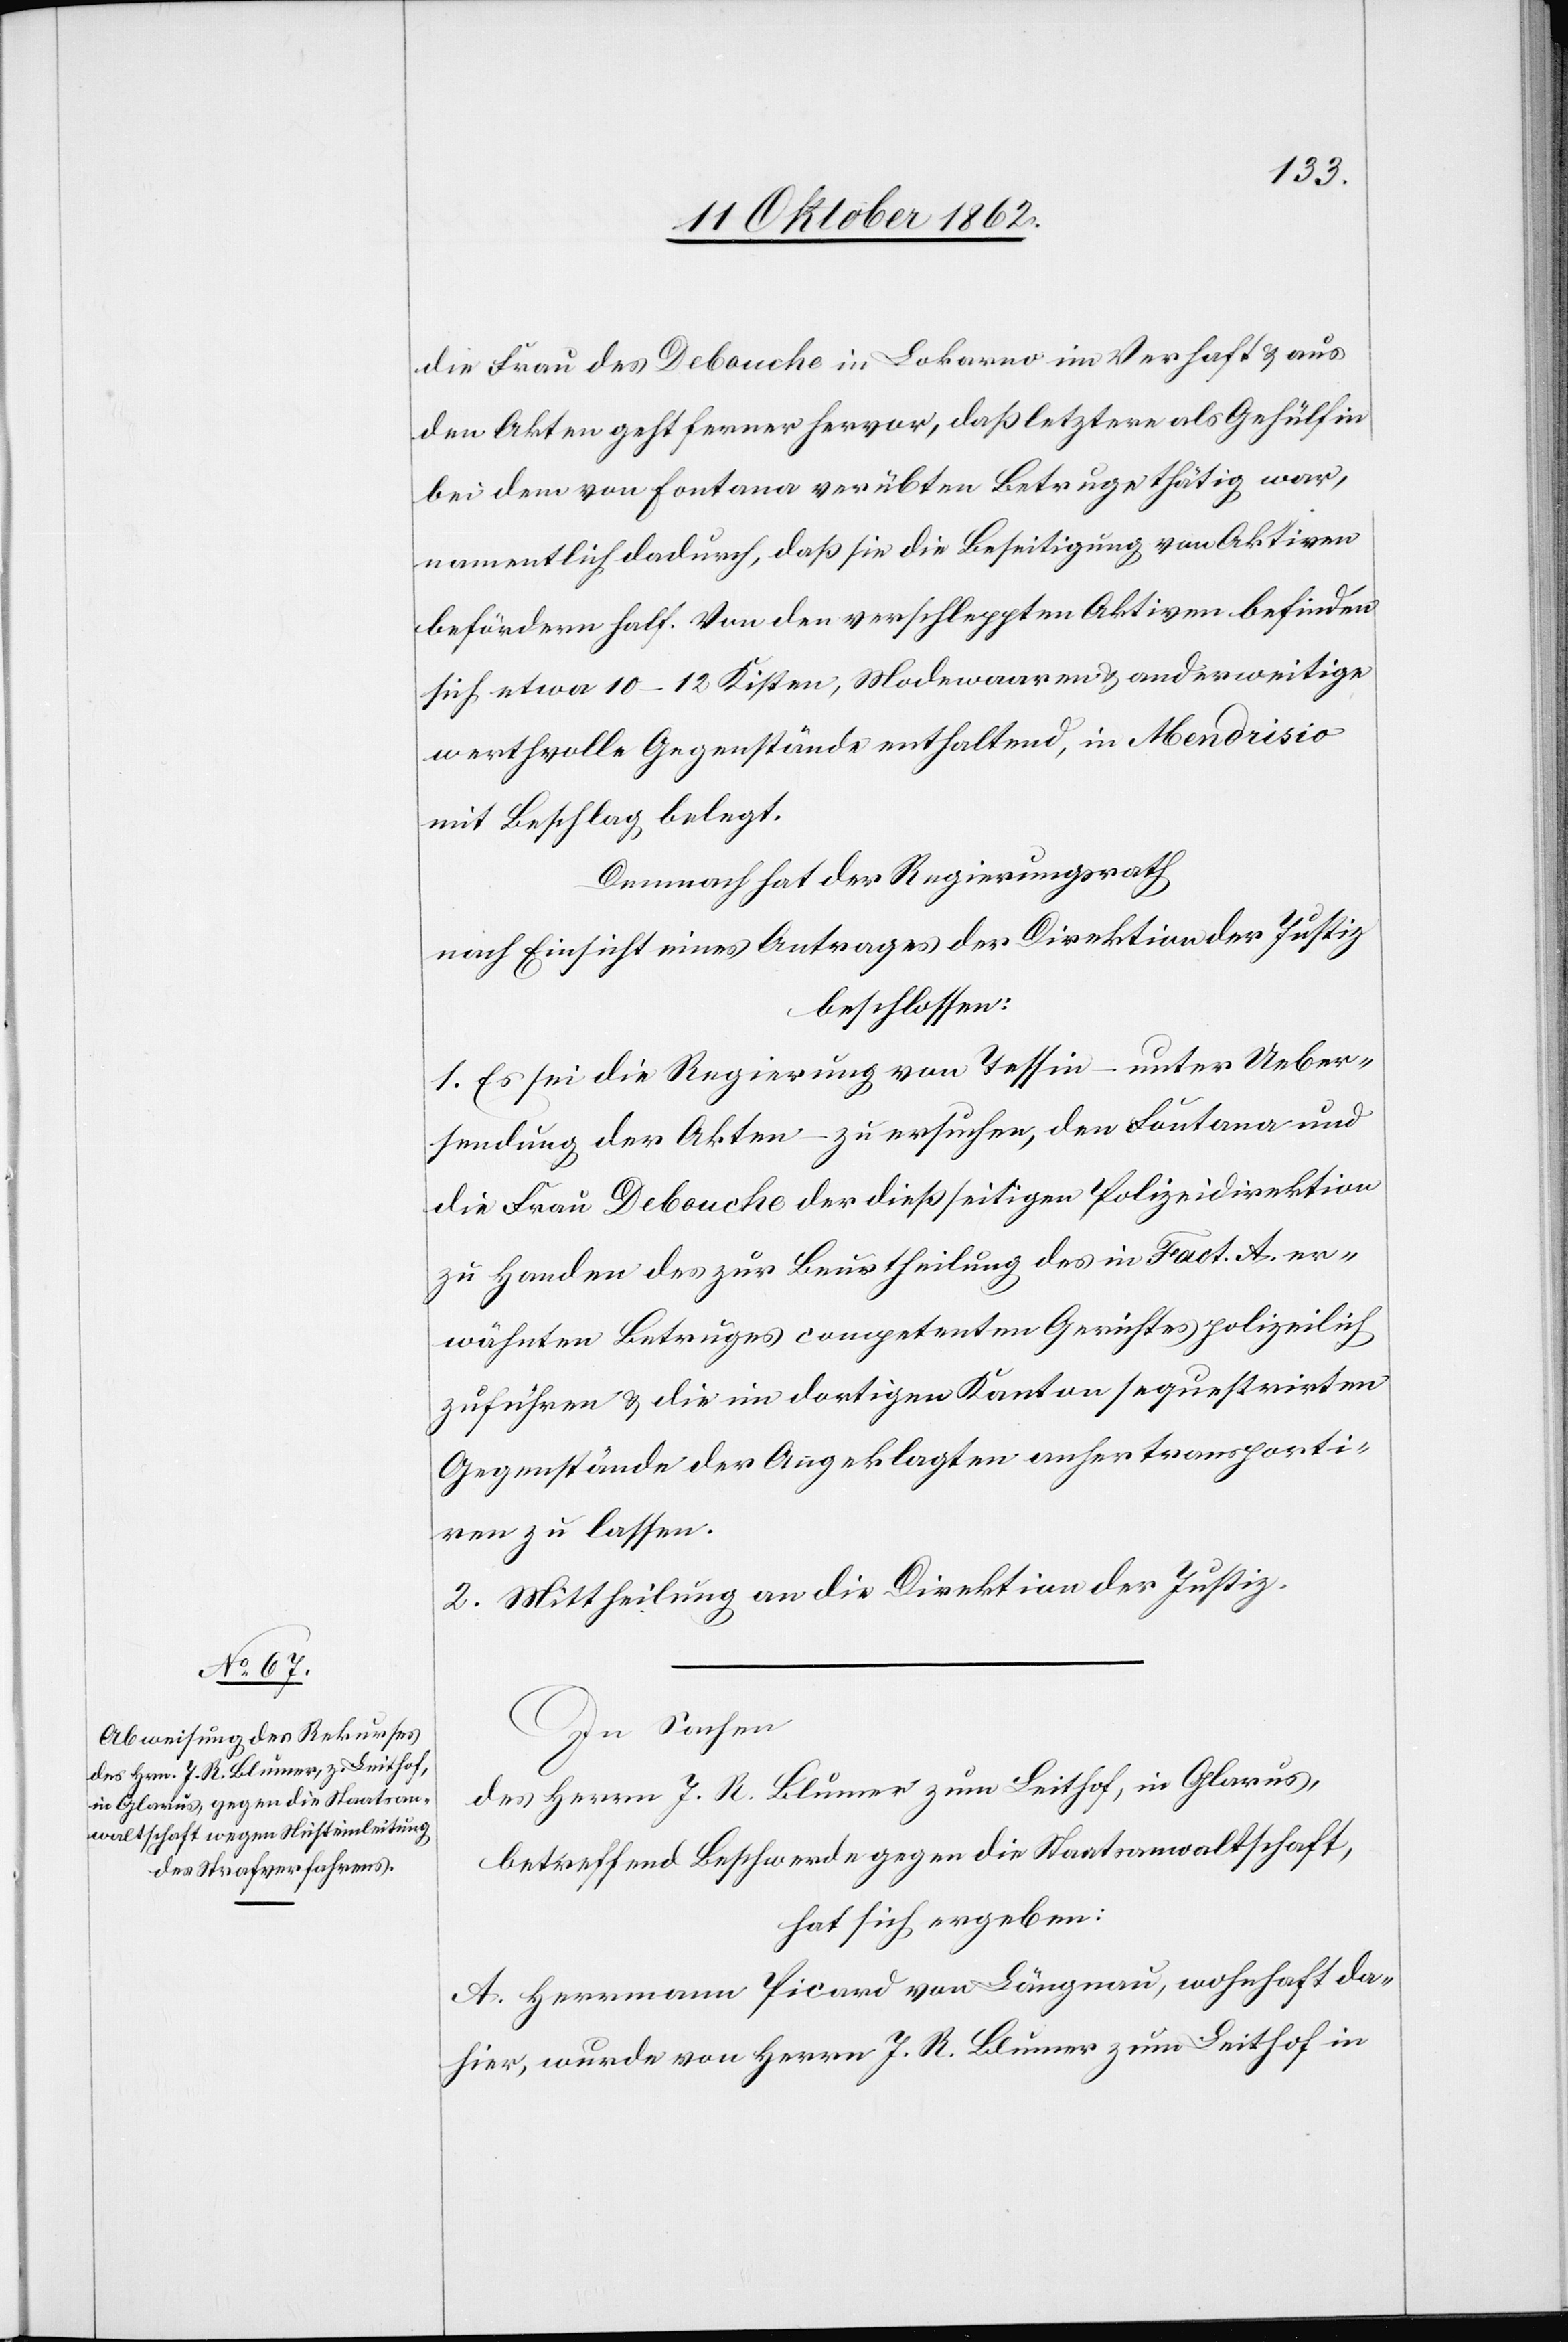
die Frau des Debouche in Lokarno im Verhaft u. aus
den Akten geht ferner hervor, daß letztere als Gehülfin
bei dem von Fontana verübten Betruge thätig war,
namentlich dadurch, daß sie die Beseitigung von Aktiven
befördern half. Von den verschleppten Aktiven befinden
sich etwa 10–12 Kisten, Modewaaren u. anderweitige
werthvolle Gegenstände enthaltend, in Mendrisio
mit Beschlag belegt.
Demnach hat der Regierungsrath
nach Einsicht eines Antrages der Direktion der Justiz
beschlossen:
1. Es sei die Regierung von Tessin – unter Ueber¬
sendung der Akten – zu ersuchen, den Fontana und
die Frau Debouche der dießseitigen Polizeidirektion
zu Handen des zur Beurtheilung des in Fact. A. er¬
wähnten Betruges competenten Gerichtes polizeilich
zuführen u. die im dortigen Kanton sequestrirten
Gegenstände der Angeklagten anher tranporti¬
ren zu lassen.
2. Mittheilung an die Direktion der Justiz.
In Sachen
des Herrn J. R. Blumer zum Leithof, in Glarus,
betreffend Beschwerde gegen die Staatsanwaltschaft,
hat sich ergeben:
A. Hermann Picard von Längnau, wohnhaft da¬
hier, wurde von Herrn J. R. Blumer im Leithof in